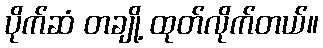
ပိုက်ဆံ တချို့ ထုတ်လိုက်တယ်။